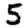
Digit: 5